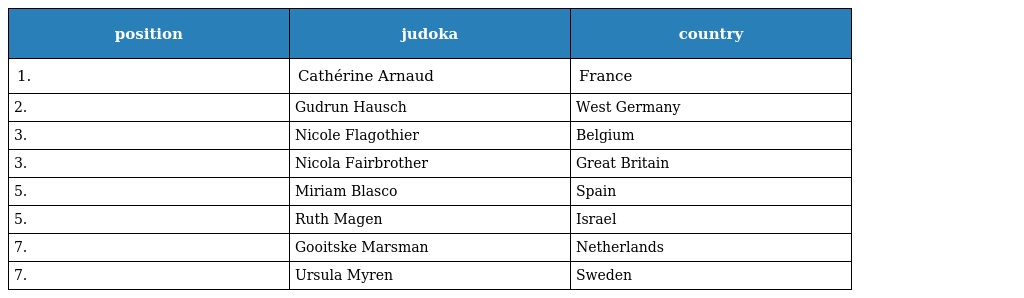
| position | judoka | country |
 | --- | --- | --- |
 | 1. | Cathérine Arnaud | France |
 | 2. | Gudrun Hausch | West Germany |
 | 3. | Nicole Flagothier | Belgium |
 | 3. | Nicola Fairbrother | Great Britain |
 | 5. | Miriam Blasco | Spain |
 | 5. | Ruth Magen | Israel |
 | 7. | Gooitske Marsman | Netherlands |
 | 7. | Ursula Myren | Sweden |